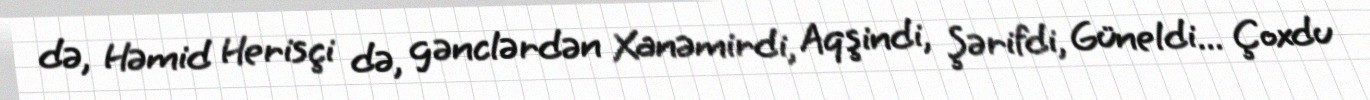
də, Həmid Herisçi də, gənclərdən Xanəmirdi, Aqşindi, Şərifdi, Güneldi... Çoxdu